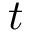
t